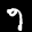
Label: 9